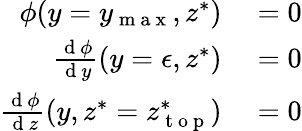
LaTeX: \begin{array}{rl}{\phi(y=y_{\mathrm{~m~a~x~}},z^{*})}&{{}=0}\\ {\frac{\mathrm{~d~}\phi}{\mathrm{~d~}y}(y=\epsilon,z^{*})}&{{}=0}\\ {\frac{\mathrm{~d~}\phi}{\mathrm{~d~}z}(y,z^{*}=z_{\mathrm{~t~o~p~}}^{*})}&{{}=0}\end{array}